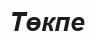
Төкпе